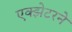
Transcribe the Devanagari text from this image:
एक्झेटरने